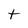
Character: t